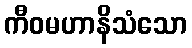
ကီဝမဟာနိသံသော